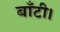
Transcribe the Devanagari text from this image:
बाँटी।